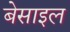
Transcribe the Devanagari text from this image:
बेसाइल